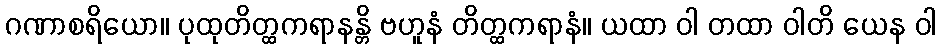
ဂဏာစရိယော။ ပုထုတိတ္ထကရာနန္တိ ဗဟူနံ တိတ္ထကရာနံ။ ယထာ ဝါ တထာ ဝါတိ ယေန ဝါ